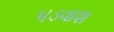
પડવાશ